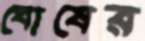
ঘোষের